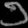
Digit: ၁